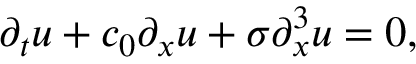
\partial _ { t } u + c _ { 0 } \partial _ { x } u + \sigma \partial _ { x } ^ { 3 } u = 0 ,